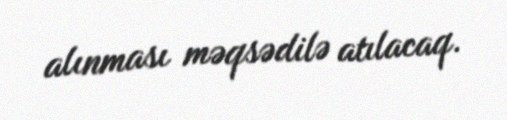
alınması məqsədilə atılacaq.